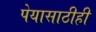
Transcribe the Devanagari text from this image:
पेयासाठीही